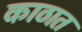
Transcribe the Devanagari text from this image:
काठात